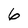
Character: 6